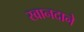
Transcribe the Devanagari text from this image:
खानदाने